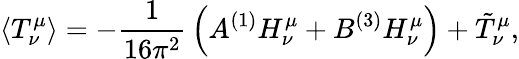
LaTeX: \langle T_{\nu}^{\mu}\rangle=-{\frac{1}{16\pi^{2}}}\left(A{}^{(1)}H_{\nu}^{\mu}+B{}^{(3)}H_{\nu}^{\mu}\right)+\tilde{T}_{\nu}^{\mu},